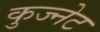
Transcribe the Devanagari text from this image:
कुज्नेट